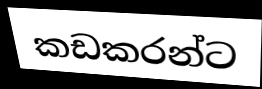
කඩකරන්ට